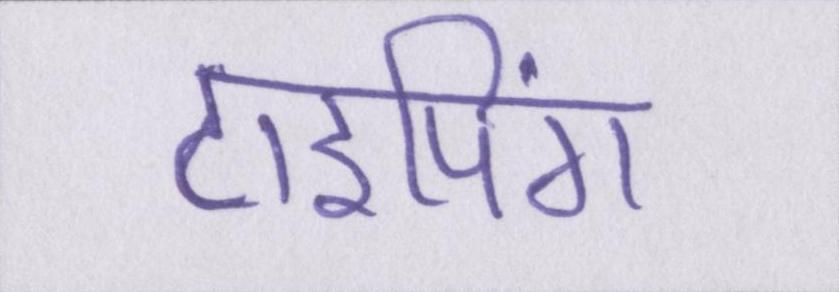
टाइपिंग